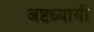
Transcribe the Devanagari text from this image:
अष्टध्यायी